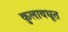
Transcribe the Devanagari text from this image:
कुलावधूत